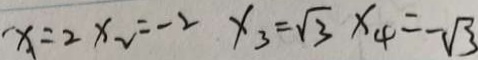
x = 2 x _ { 2 } = - 2 x _ { 3 } = \sqrt { 3 } x _ { 4 } = - \sqrt { 3 }